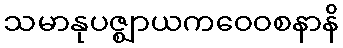
သမာနုပဇ္ဈာယကဝေဝစနာနိ